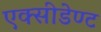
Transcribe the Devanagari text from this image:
एक्सीडेण्ट